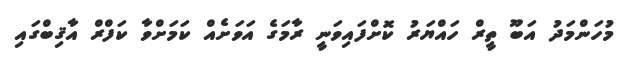
މުހަންމަދު އަބޫ ތީރް ހައްޔަރު ކޮށްފައިވަނީ ރާމަގެ އަވަށެއް ކަމަށްވާ ކަފްރް އާޤިބްގައި